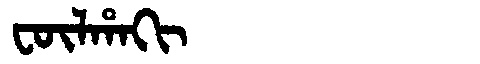
Manchu: ᡶᡡᠯᡥᠠᡴᡳ
Romanization: FŪLHAKI